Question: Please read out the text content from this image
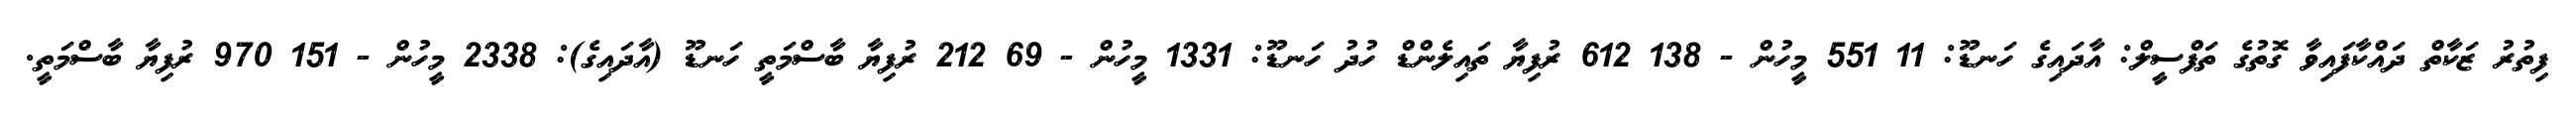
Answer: ފިތުރު ޒަކާތް ދައްކާފައިވާ ގޮތުގެ ތަފްސީލް: އާދައިގެ ހަނޑޫ: 11 551 މީހުން - 138 612 ރުފިޔާ ތައިލެންޑް ހުދު ހަނޑޫ: 1331 މީހުން - 69 212 ރުފިޔާ ބާސްމަތީ ހަނޑޫ (އާދައިގެ): 2338 މީހުން - 151 970 ރުފިޔާ ބާސްމަތީ.